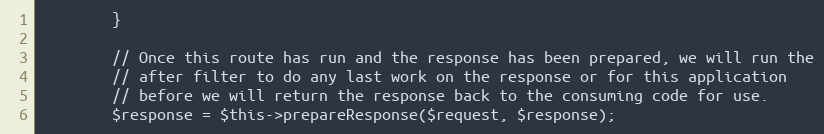
Language: PHP
		}

		// Once this route has run and the response has been prepared, we will run the
		// after filter to do any last work on the response or for this application
		// before we will return the response back to the consuming code for use.
		$response = $this->prepareResponse($request, $response);